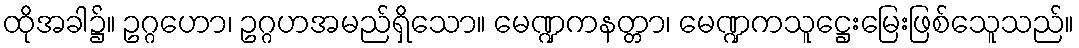
ထိုအခါ၌။ ဥဂ္ဂဟော၊ ဥဂ္ဂဟအမည်ရှိသော။ မေဏ္ဍကနတ္တာ၊ မေဏ္ဍကသူဋ္ဌေးမြေးဖြစ်သေူသည်။